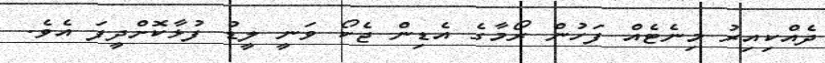
ދެއްކިއިރު މިނެޓެއް ފަހުން ރޯމާގެ އެޑިން ޖެކޯ ވަނީ ލީޑު ފުޅާކޮށްދީފަ އެވެ.